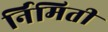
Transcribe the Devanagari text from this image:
र्निमिती